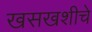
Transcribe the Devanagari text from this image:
खसखशीचे